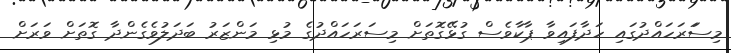
މިސަަރަހައްދުގައި ހަދާފައިވާ ޕާކާވެސް ގުޅޭގޮތަށް މިސަރަހައްދުގެ މުޅި މަންޒަރު ބަދަލުވެގެންދާ ގޮތަށް ވަރަށް